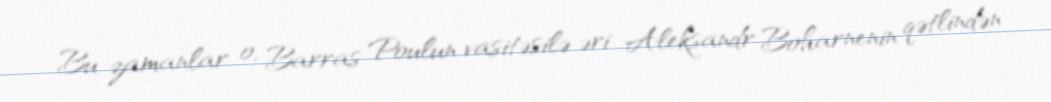
Bu zamanlar o, Barras Poulun vasitəsilə əri Aleksandr Boharnenin qətlindən